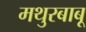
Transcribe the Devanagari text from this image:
मथुरबाबू